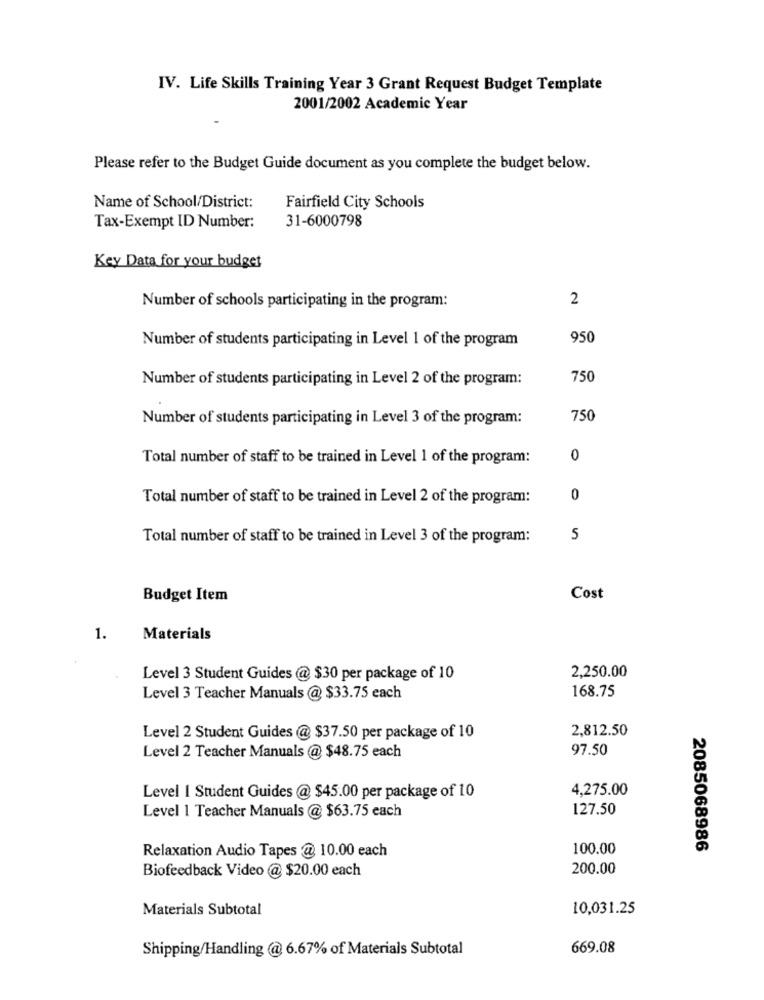
IV. Life Skills Training Year 3 Grant Request Budget Template
2001/2002 Academic Year
Please refer to the Budget Guide document as you complete the budget below.
Name of School/District:
Fairfield City Schools
Tax-Exempt ID Number:
31-6000798
Key Data for your budget
2
Number of schools participating in the program:
Number of students participating in Level 1 of the program
950
Number of students participating in Level 2 of the program:
750
Number of students participating in Level 3 of the program:
750
Total number of staff to be trained in Level 1 of the program:
0
Total number of staff to be trained in Level 2 of the program:
0
Total number of staff to be trained in Level 3 of the program:
5
Budget Item
Cost
1.
Materials
2,250.00
Level 3 Student Guides @ $30 per package of 10
Level 3 Teacher Manuals @ $33.75 each
168.75
2,812.50
Level 2 Student Guides @ $37.50 per package of 10
Level 2 Teacher Manuals @ $48.75 each
97.50
4,275.00
Level 1 Student Guides @ $45.00 per package of 10
127.50
Level 1 Teacher Manuals @ $63.75 each
100.00
2085068986
Relaxation Audio Tapes @ 10.00 each
Biofeedback Video @ $20.00 each
200.00
Materials Subtotal
10,031.25
Shipping/Handling @ 6.67% of Materials Subtotal
669.08